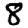
Digit: 8